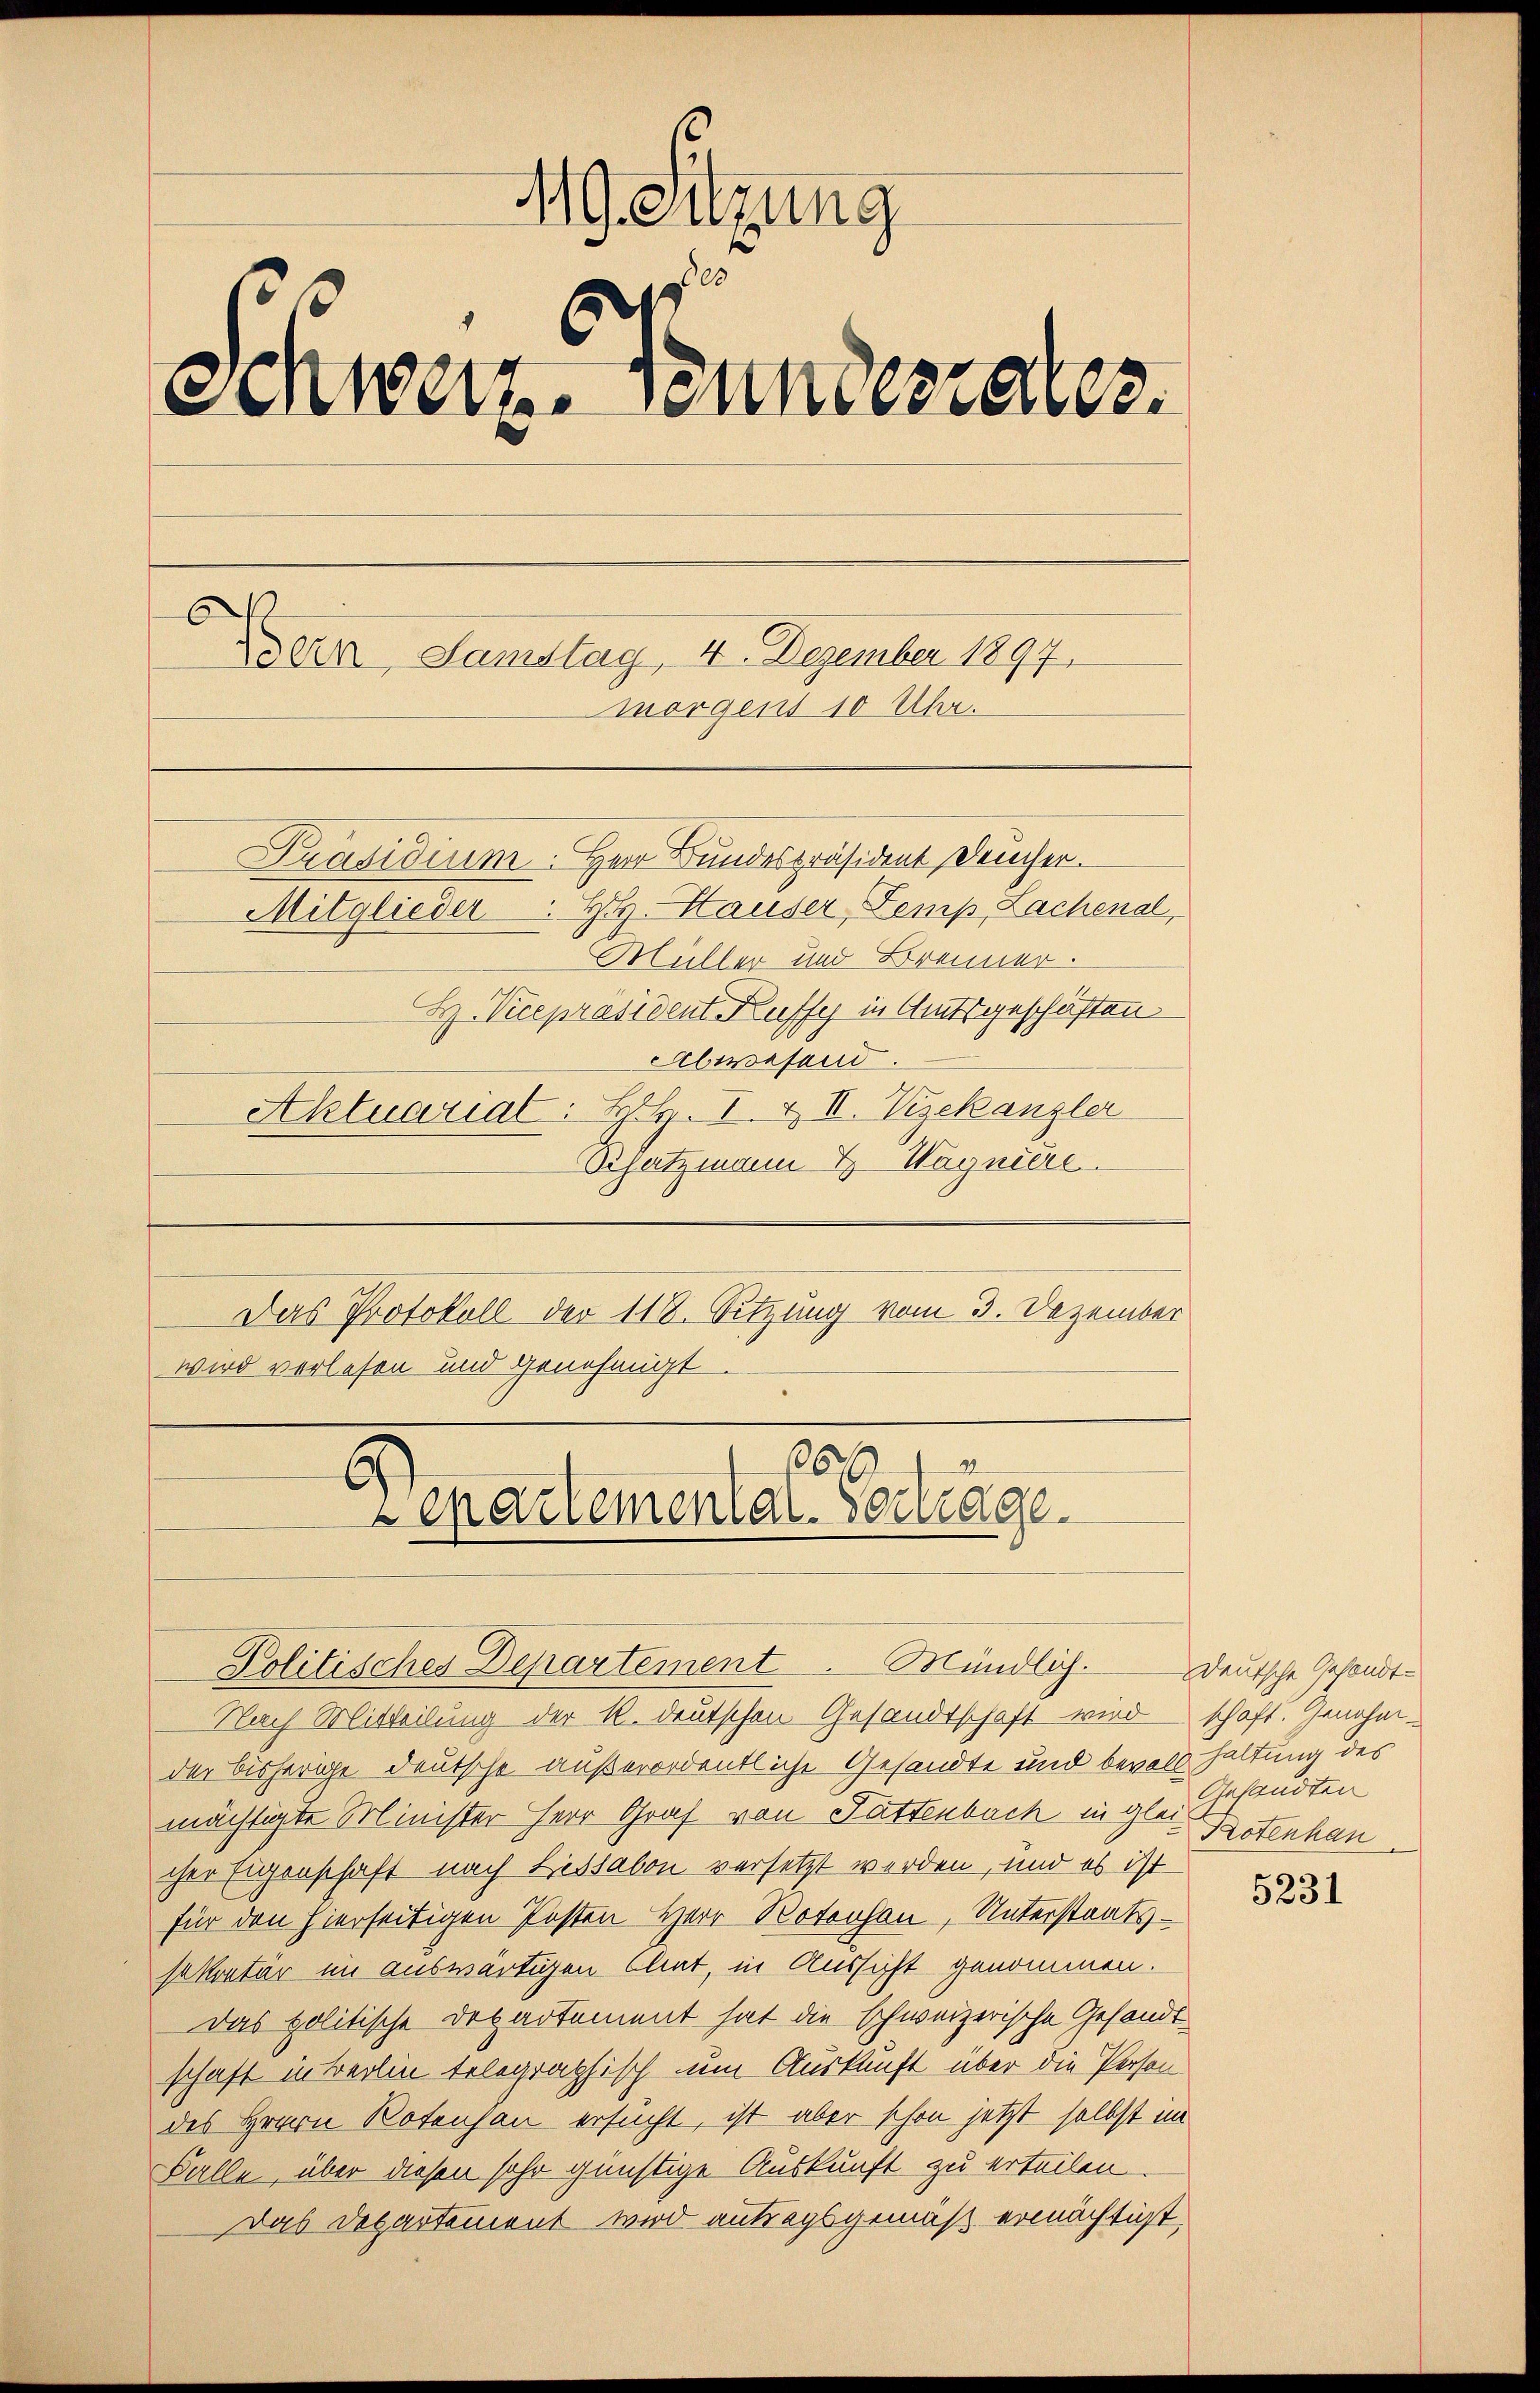
419. Sitzung
s
Schweiz. Bundesrates.
Dein Samstag, 4. Dezember 1897.
morgens 10 Uhr.
Präsidium. Herr Bundespräsident Deucher.
H. Häuser Temp, Lachenal,
Mitglieder
Müller und Brenner.
H. Vicepräsident Kuffe in Amtsgeschäften
Abwesend.
Aktuarial: H. I. & II. Vizekanzler

Schatzmann & Wagniere.
Das Protokoll der 118. Sitzung vom 3. Dezember
wird verlesen und genehmigt

97
6
Lepartementar. Vertrage.
Politisches Departement. Mündlich.

Nach Mitteilung der R. deutschen Gesandtschaft wird schaft. Genehmder bisherige deutsche außerordentliche Gesandte und bevoll haltung des
mächtigte Minister Herr Graf von Sattenbach in gleich Potenhau
cher Eigenschaft nach Lissabon versetzt werden, und es ist
für den hierseitigen Posten Herr Roteoson, Unterstaatssekretär im auswärtigen Clat, in Aussicht genommen.
Das politische Departement hat die schweizerische Gesandtschaft in Berlin telegraphisch um Auskunft über die Person
des Herrn Rotenjan ersucht, ist aber schon jetzt selbst im
Falle, über diesen sehr günstige Auskunft zu erteilen
Das Departement wird antragsgemäß ermächtigt,

Deutsche Gesandt¬
Gesandten

5231